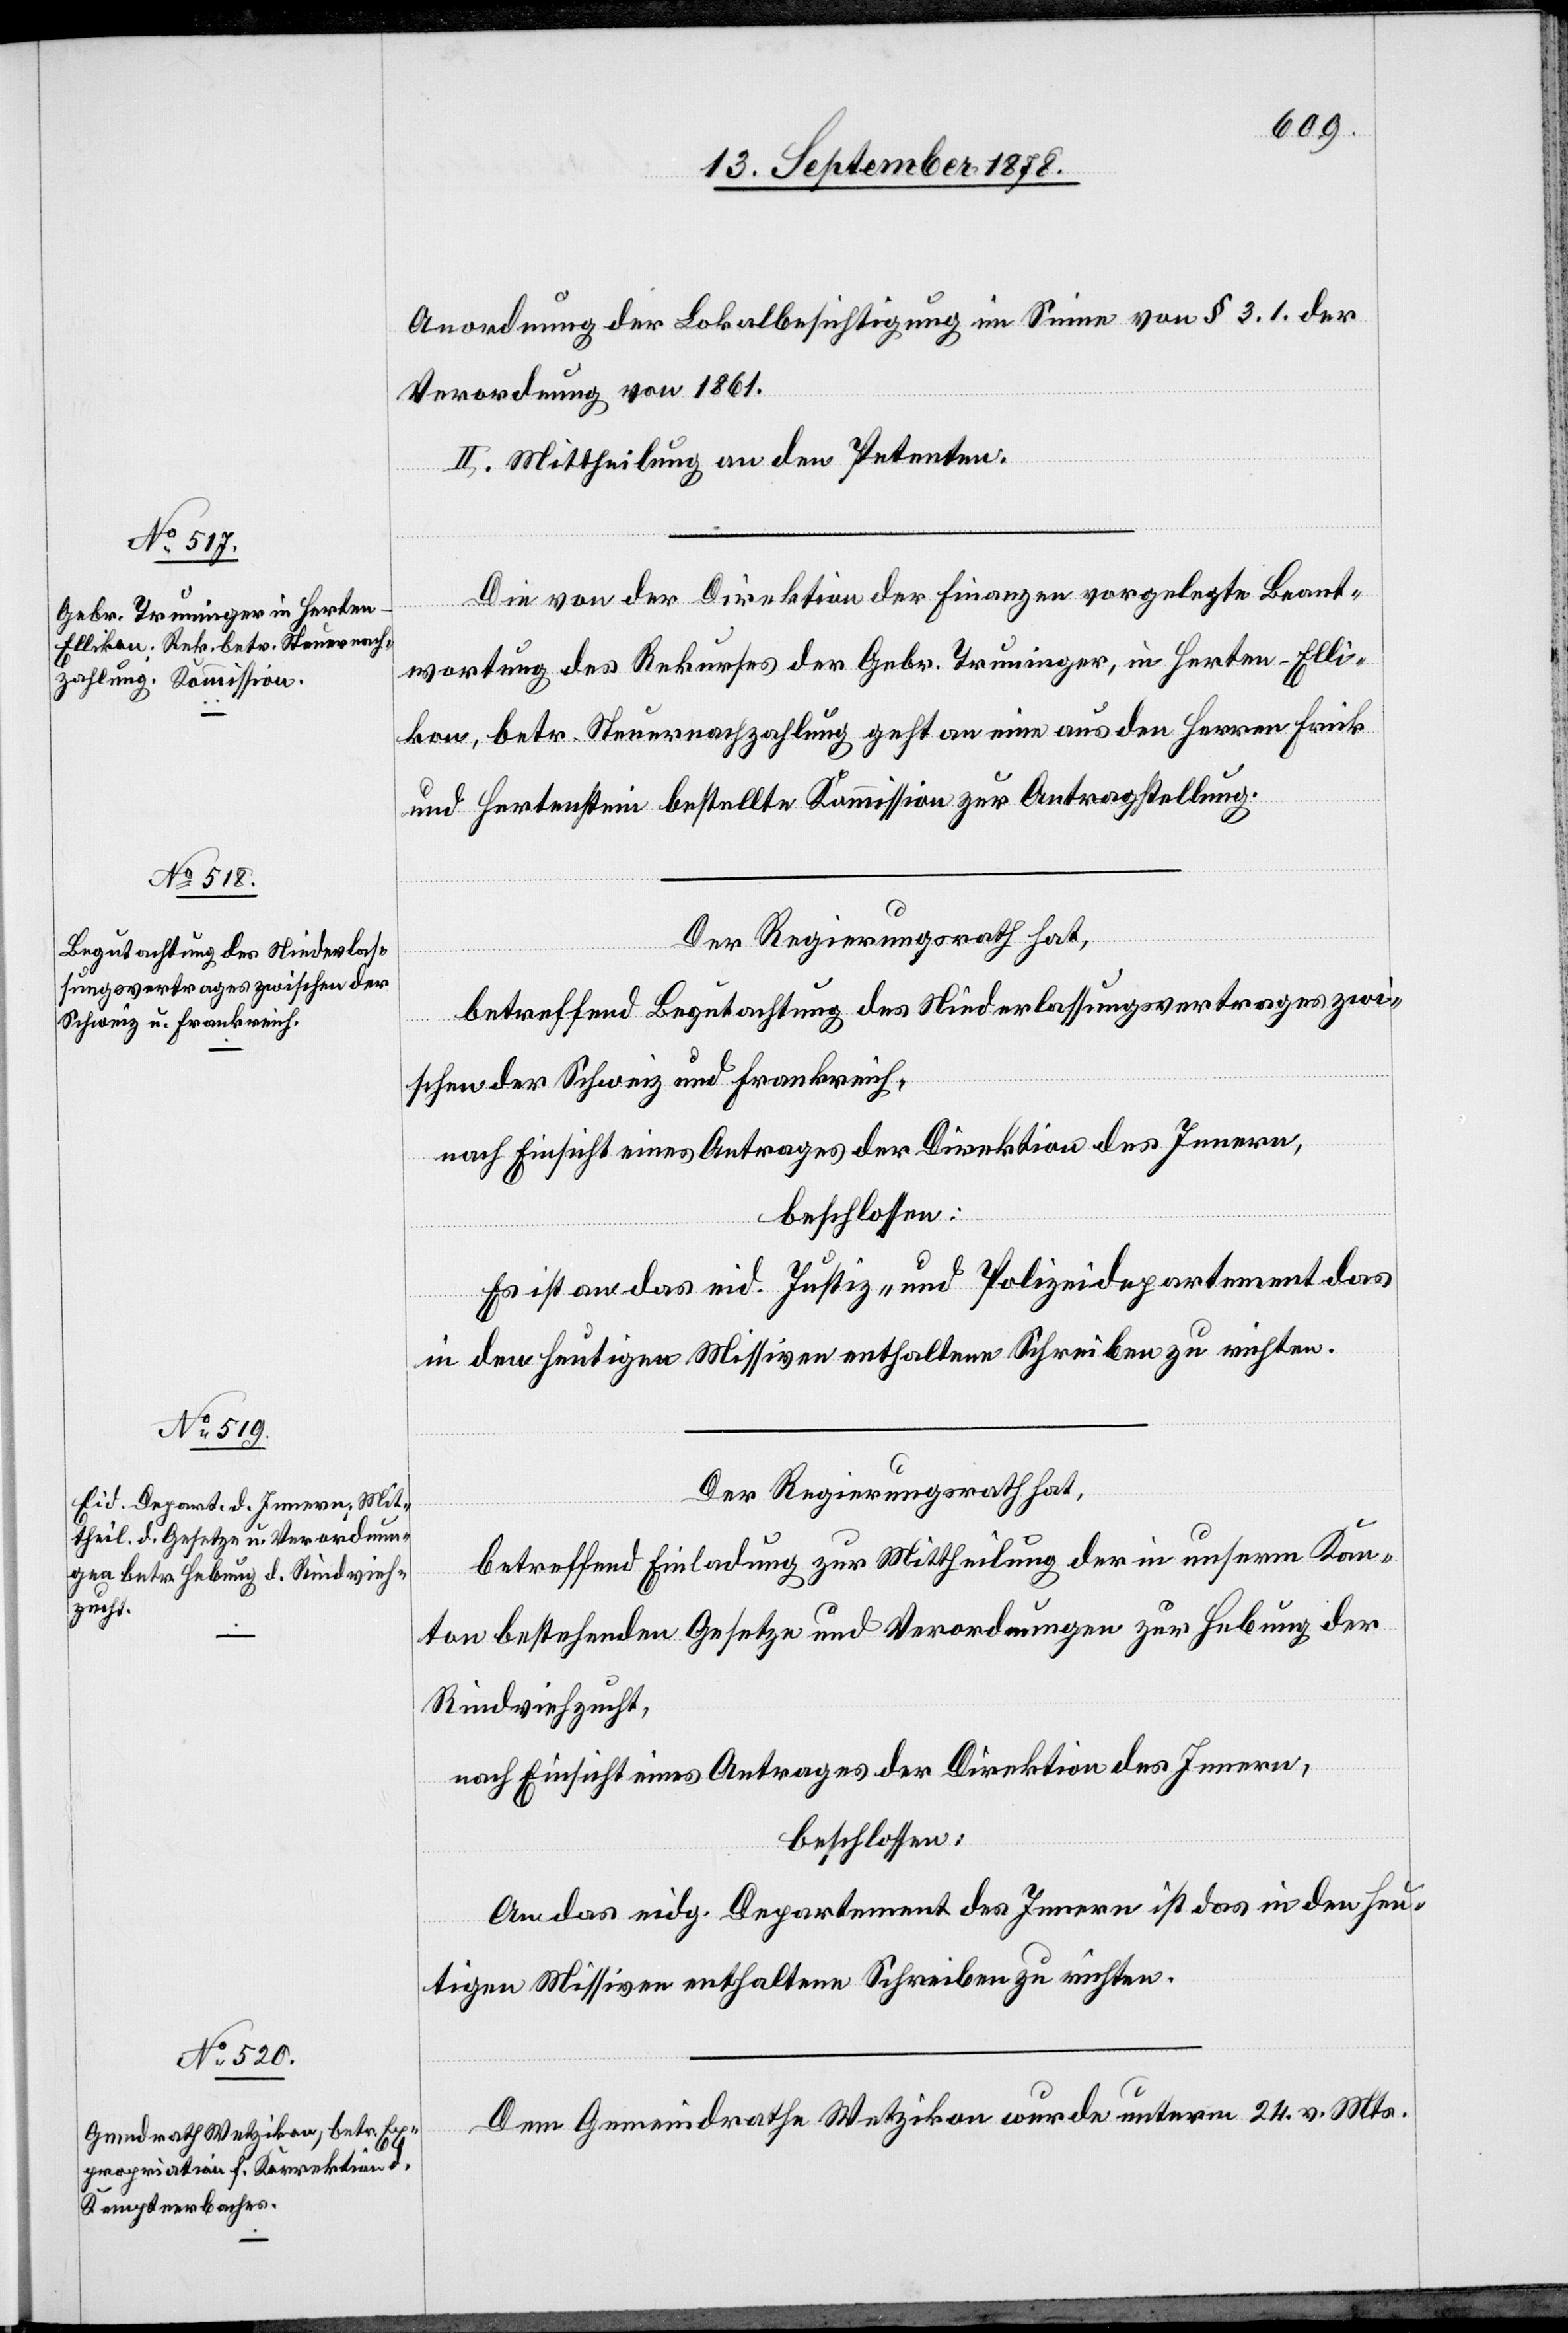
Anordnung der Lokalbesichtigung im Sinne von § 3.1 der
Verordnung von 1861.
II. Mittheilung an den Petenten.
Die von der Direktion der Finanzen vorgelegte Beant¬
wortung des Rekurses der Gebr. Truninger, in Herten - Elli¬
kon, betr. Steuernachzahlung geht an eine aus den Herren Frick
und Hertenstein bestellte [recte: bestehende] Kommission zur Antragstellung.
Der Regierungsrath hat,
betreffend Begutachtung des Niederlassungsvertrages zwi¬
schen der Schweiz und Frankreich,
nach Einsicht eines Antrages der Direktion des Innern,
beschlossen:
Es ist an das eid. Justiz- & Polizeidirektion das
in den heutigen Missiven enthaltene Schreiben zu richten.
Der Regierungsrath hat,
betreffend Einladung zur Mittheilung der in unserm Kan¬
ton bestehenden Gesetze und Verordnungen zur Hebung der
Rindsviehzucht,
nach Einsicht eines Antrages der Direktion des Innern,
beschlossen:
An das eidg. Departement des Innern ist das in den heu¬
tigen Missiven enthaltene Schreiben zu richten.
Dem Gemeindrath Wetzikon wurde unterm 24. v. Mts.